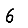
Digit: 6